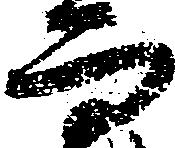
而